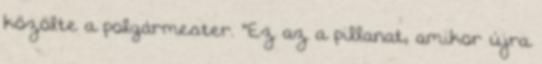
közölte a polgármester. "Ez az a pillanat, amikor újra